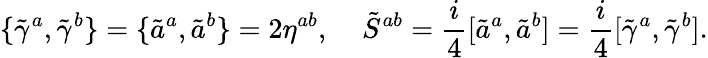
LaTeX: \{ \tilde{\gamma}^{a},\tilde{\gamma}^{b}\} =\{ \tilde{a}^{a},\tilde{a}^{b}\} =2\eta^{ab},\; \; \; \; \tilde{S}^{ab}=\frac{i}{4}[\tilde{a}^{a},\tilde{a}^{b}]=\frac{i}{4}[\tilde{\gamma}^{a},\tilde{\gamma}^{b}].